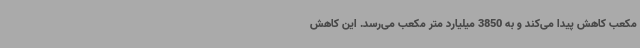
مکعب کاهش پیدا می‌کند و به 3850 میلیارد متر مکعب می‌رسد. این کاهش